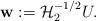
LaTeX: \begin{align*}\textbf{w} := \mathcal{H}_{2}^{-1/2} U.\end{align*}